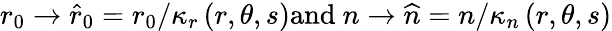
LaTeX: r_{0}\rightarrow\widehat{r}_{0}=r_{0}/\kappa_{r}\left(r,\theta,s\right)\mathrm{and~}n\rightarrow\widehat{n}=n/\kappa_{n}\left(r,\theta,s\right)